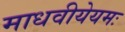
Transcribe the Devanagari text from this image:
माधवीयेयमः